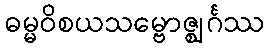
ဓမ္မဝိစယသမ္ဗောဇ္ဈင်္ဂဿ